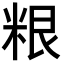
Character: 𮇜